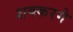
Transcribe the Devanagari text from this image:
शक्करगे